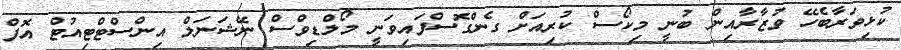
ކުޅިވަރާބެހޭ ވުޒާރާއިން ބުނީ މިކޯސް ކުރިއަށް ގެންގޮސްފައިވަނީ މޯލްޑިވްސް ނޭޝަނަލް އިންސްޓްޓިއުޓް އޮފް